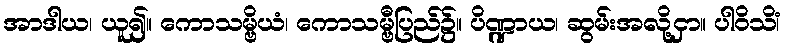
အာဒါယ၊ ယူ၍။ ကောသမ္ဗိယံ၊ ကောသမ္ဗီပြည်၌။ ပိဏ္ဍာယ၊ ဆွမ်းအလို့ငှာ။ ပါဝိသိံ၊